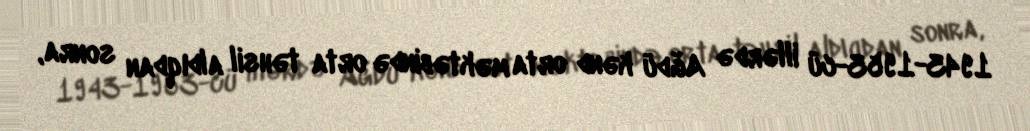
1943-1953-cü illərdə Ağdü kənd orta məktəbində orta təhsil aldıqdan sonra,